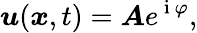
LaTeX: \boldsymbol{u}(\boldsymbol{x},t)=\boldsymbol{A}e^{\mathrm{~i~}\varphi},